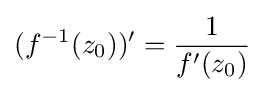
(f^{-1}(z_{0}))'={\frac {1}{f'(z_{0})}}